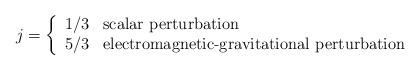
LaTeX: \begin{align*}j = \left\{ \begin{array}{cl} 1/3 & \textrm{scalar perturbation} \\ 5/3 & \textrm{electromagnetic-gravitational perturbation} \end{array} \right.\end{align*}